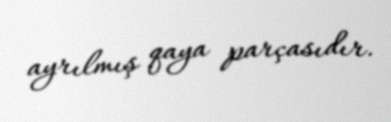
ayrılmış qaya parçasıdır.